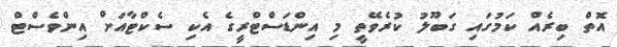
އޮތް ބިރެއް ކަމުގައި ގަބޫލު ކުރެވޭތީ މި އިންޑަސްޓްރީގެ އެކި ސެކްޓާއަށް އިންވެސްޓް